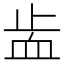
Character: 𧖭